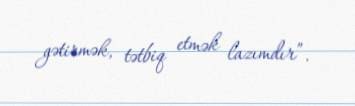
gətirmək, tətbiq etmək lazımdır”.